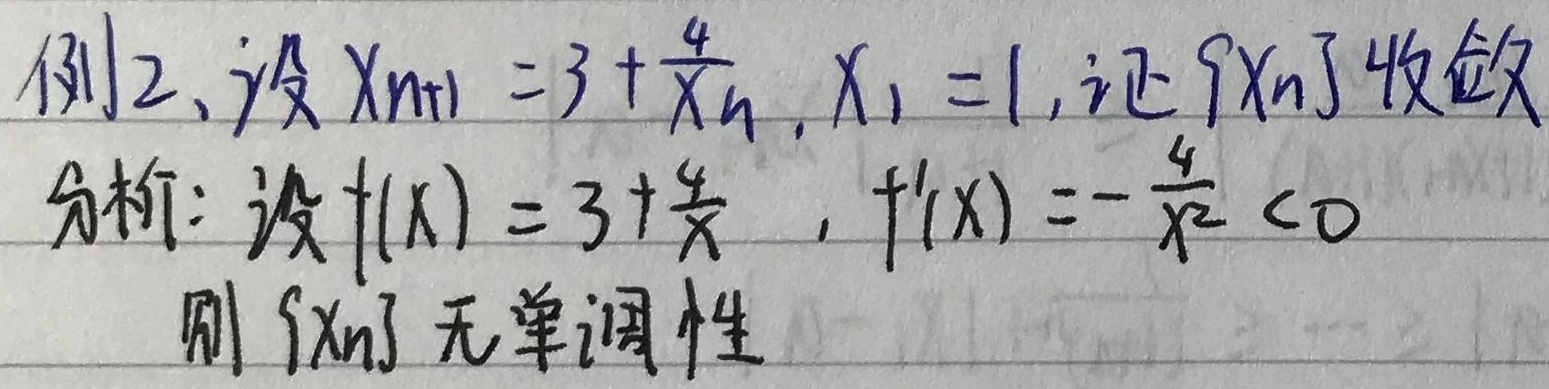
例2、设\(x_{n + 1}=3+\frac{4}{x_n}\)，\(x_1 = 1\)， 证\(\{x_n\}\)收敛。
分析：设\(f(x)=3+\frac{4}{x}\)，\(f'(x)=-\frac{4}{x^2}<0\)，则\(\{x_n\}\)无单调性。